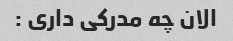
الان چه مدرکی داری :